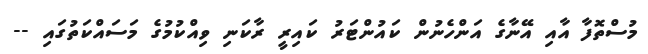
މުސްތޮފާ އާއި އޭނާގެ އަންހެނުން ކައުންޓަރު ކައިރީ ރާކަނި ވިއްކުމުގެ މަސައްކަތުގައި --